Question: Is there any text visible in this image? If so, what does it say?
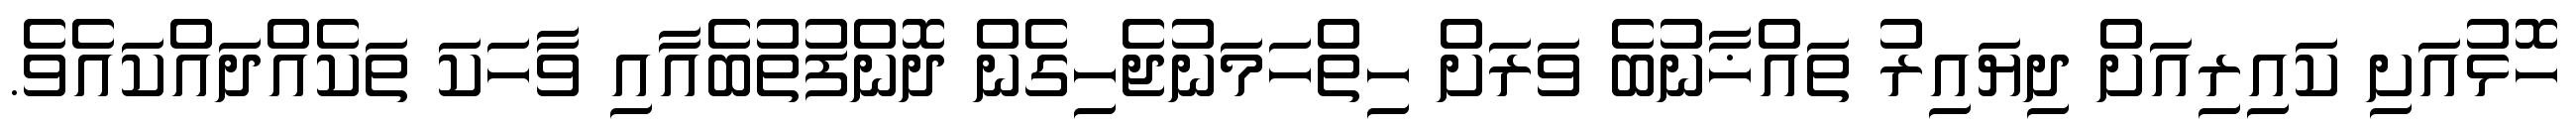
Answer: ހޮޅުއަށި ކައިރިއަށް ދިޔައިރު ތައްޚާނުބެ ވަރަށް ހިތްހަމަނުޖެހިގެން ދޮންފުތުބެއާއި ވާހަކަ ތަކެއްދައްކައެވެ.